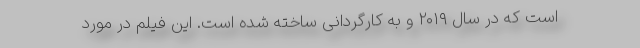
است که در سال ۲۰۱۹ و به کارگردانی ساخته شده است. این فیلم در مورد